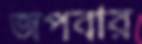
জপবার